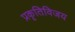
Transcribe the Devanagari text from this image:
प्रकृतिविजय